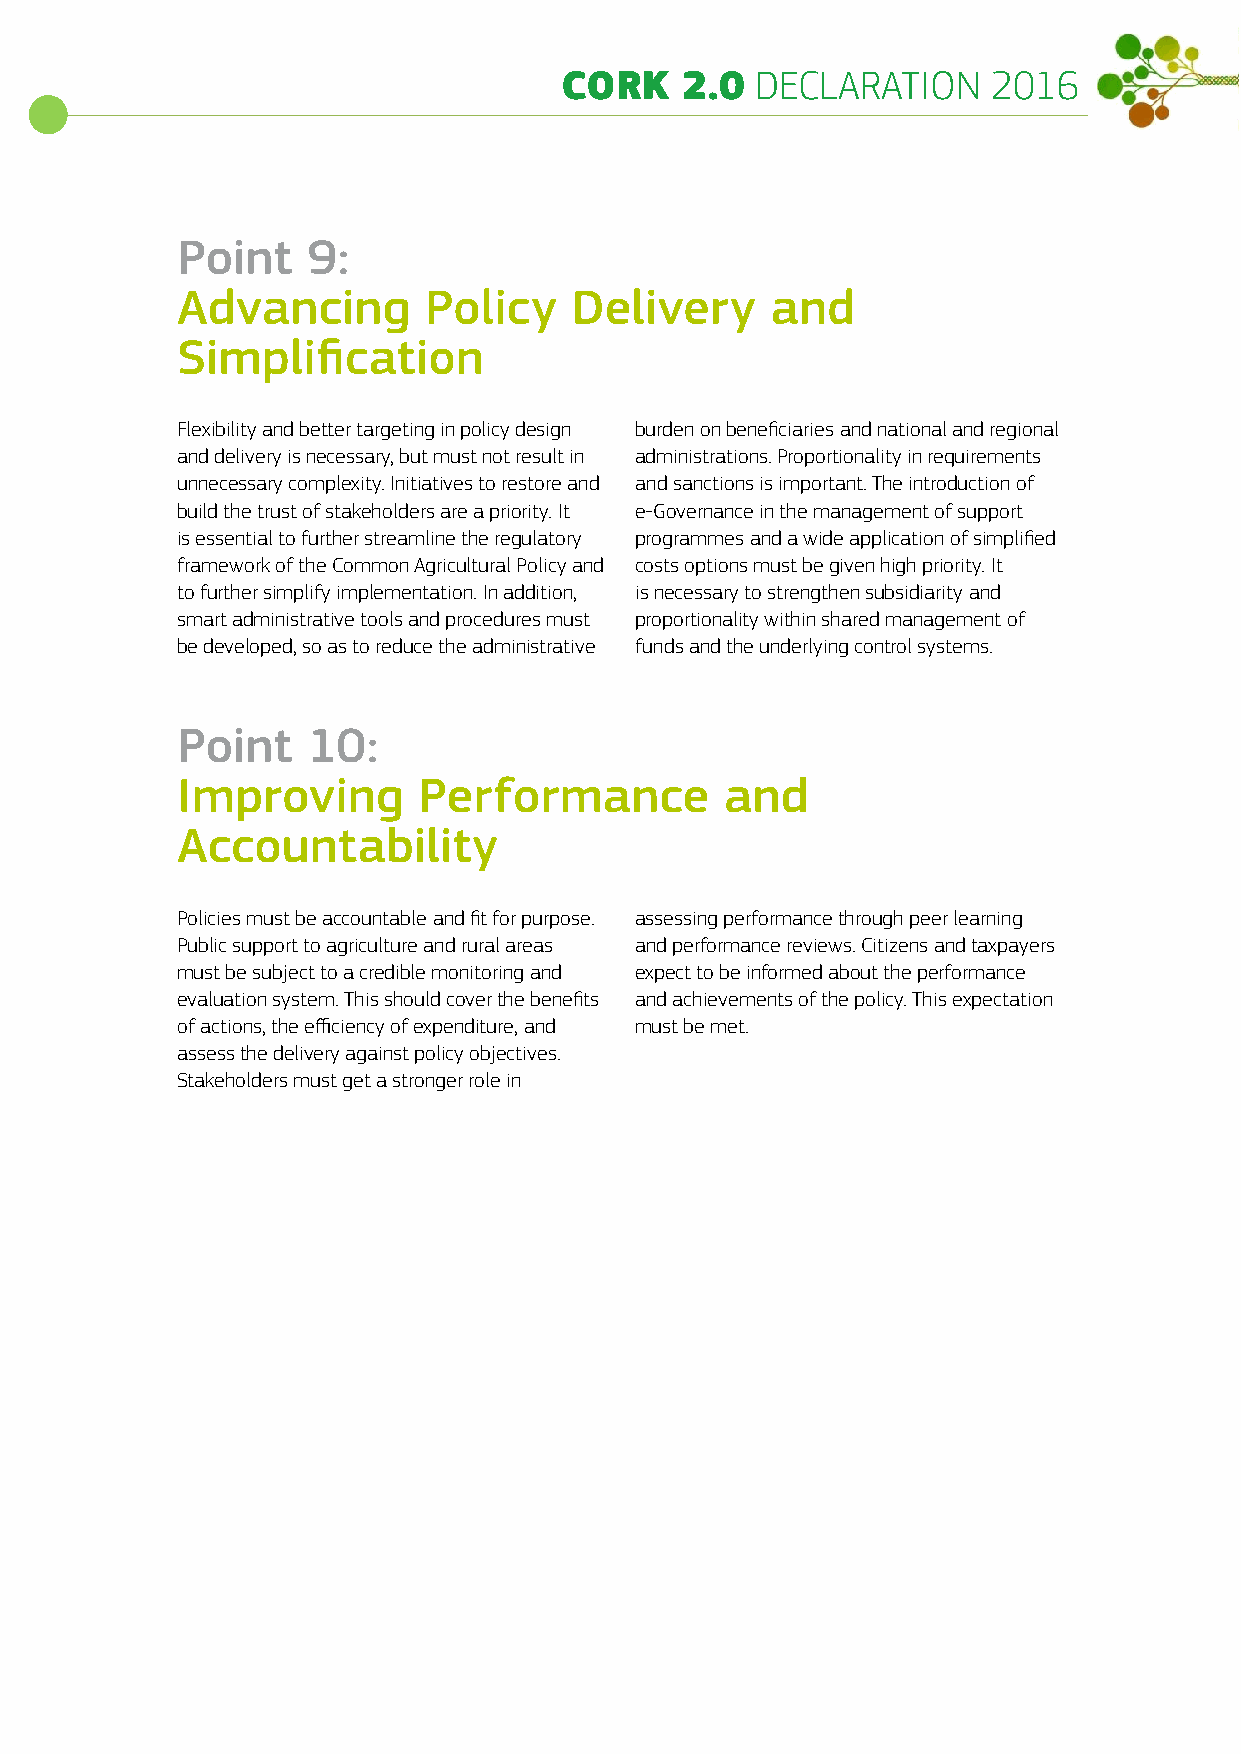
CCOORRKK 2 2.0.0 DDECELCALARRAATTIOIONN 2 2001166
 Point   9:
 Advancing       Policy    Delivery     and
 Simplification
 Flexibility and better targeting in policy design burden on beneficiaries and national and regional
 and delivery is necessary, but must not result in administrations. Proportionality in requirements
 unnecessary complexity. Initiatives to restore and and sanctions is important. The introduction of
 build the trust of stakeholders are a priority. It e-Governance in the management of support
 is essential to further streamline the regulatory programmes and a wide application of simplified
 framework of the Common Agricultural Policy and costs options must be given high priority. It
 to further simplify implementation. In addition, is necessary to strengthen subsidiarity and
 smart administrative tools and procedures must proportionality within shared management of
 be developed, so as to reduce the administrative funds and the underlying control systems.
 Point   10:
 Improving       Performance         and
 Accountability
 Policies must be accountable and fit for purpose. assessing performance through peer learning
 Public support to agriculture and rural areas and performance reviews. Citizens and taxpayers
 must be subject to a credible monitoring and expect to be informed about the performance
 evaluation system. This should cover the benefits and achievements of the policy. This expectation
 of actions, the efficiency of expenditure, and must be met.
 assess the delivery against policy objectives.
 Stakeholders must get a stronger role in
 1